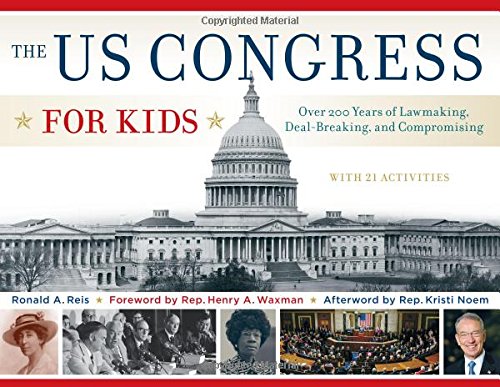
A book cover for The US Congress for Kids: Over 200 Years of Lawmaking, Deal-Breaking, and Compromising, with 21 Activities (For Kids series); Ronald A. Reis; Children's Books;